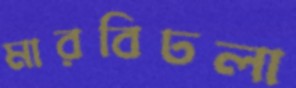
মারবিঢলা